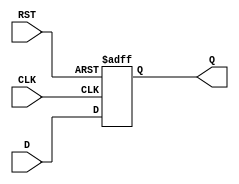
module SynchronousRegister (
    input wire D,          // Data input
    input wire CLK,        // Clock input
    input wire RST,        // Reset input
    output reg Q           // Data output
);

// Always block triggered on the rising edge of the clock or the reset signal
always @(posedge CLK or posedge RST) begin
    if (RST) begin
        Q <= 1'b0;        // Reset the output to 0 when RST is high
    end else begin
        Q <= D;           // Capture the input data D on the rising edge of CLK
    end
end

endmodule